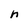
Character: n